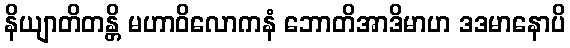
နိယျာတိတန္တိ မဟာဝိလောကနံ ဘောတိအာဒိမာဟ ဒဒမာနောပိ